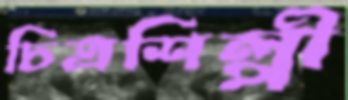
চিত্রশিল্পী